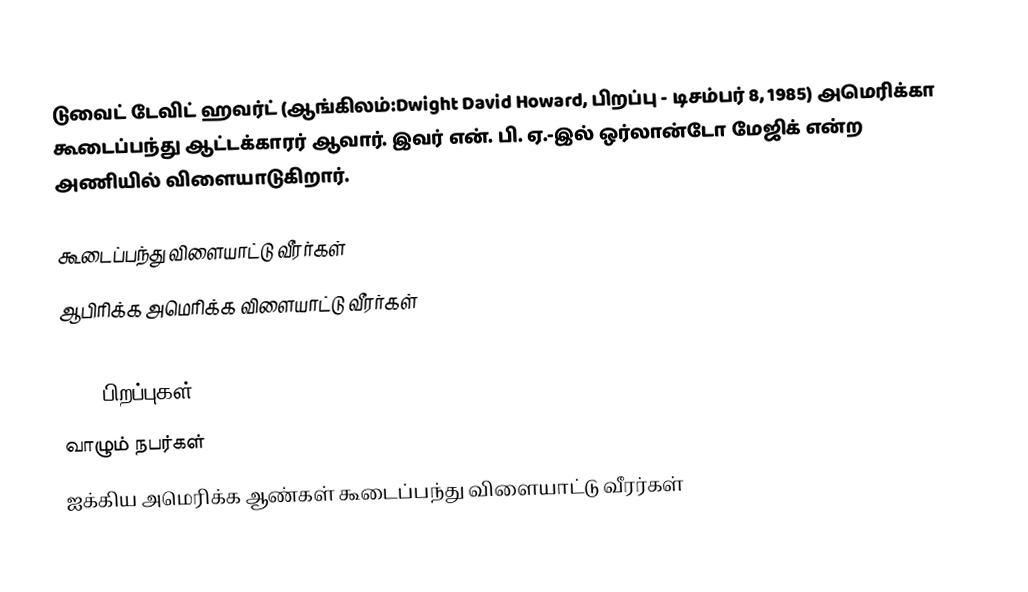
டுவைட் டேவிட் ஹவர்ட் (ஆங்கிலம்:Dwight David Howard, பிறப்பு - டிசம்பர் 8, 1985) அமெரிக்கா கூடைப்பந்து ஆட்டக்காரர் ஆவார். இவர் என். பி. ஏ.-இல் ஒர்லான்டோ மேஜிக் என்ற அணியில் விளையாடுகிறார்.

கூடைப்பந்து விளையாட்டு வீரர்கள்
ஆபிரிக்க அமெரிக்க விளையாட்டு வீரர்கள்
1985
1985 பிறப்புகள்
வாழும் நபர்கள்
ஐக்கிய அமெரிக்க ஆண்கள் கூடைப்பந்து விளையாட்டு வீரர்கள்